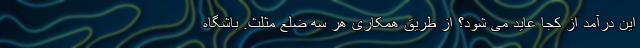
این درآمد از کجا عاید می شود؟ از طریق همکاری هر سه ضلع مثلث. باشگاه